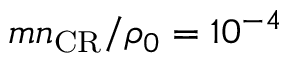
m n _ { \mathrm { C R } } / \rho _ { 0 } = 1 0 ^ { - 4 }